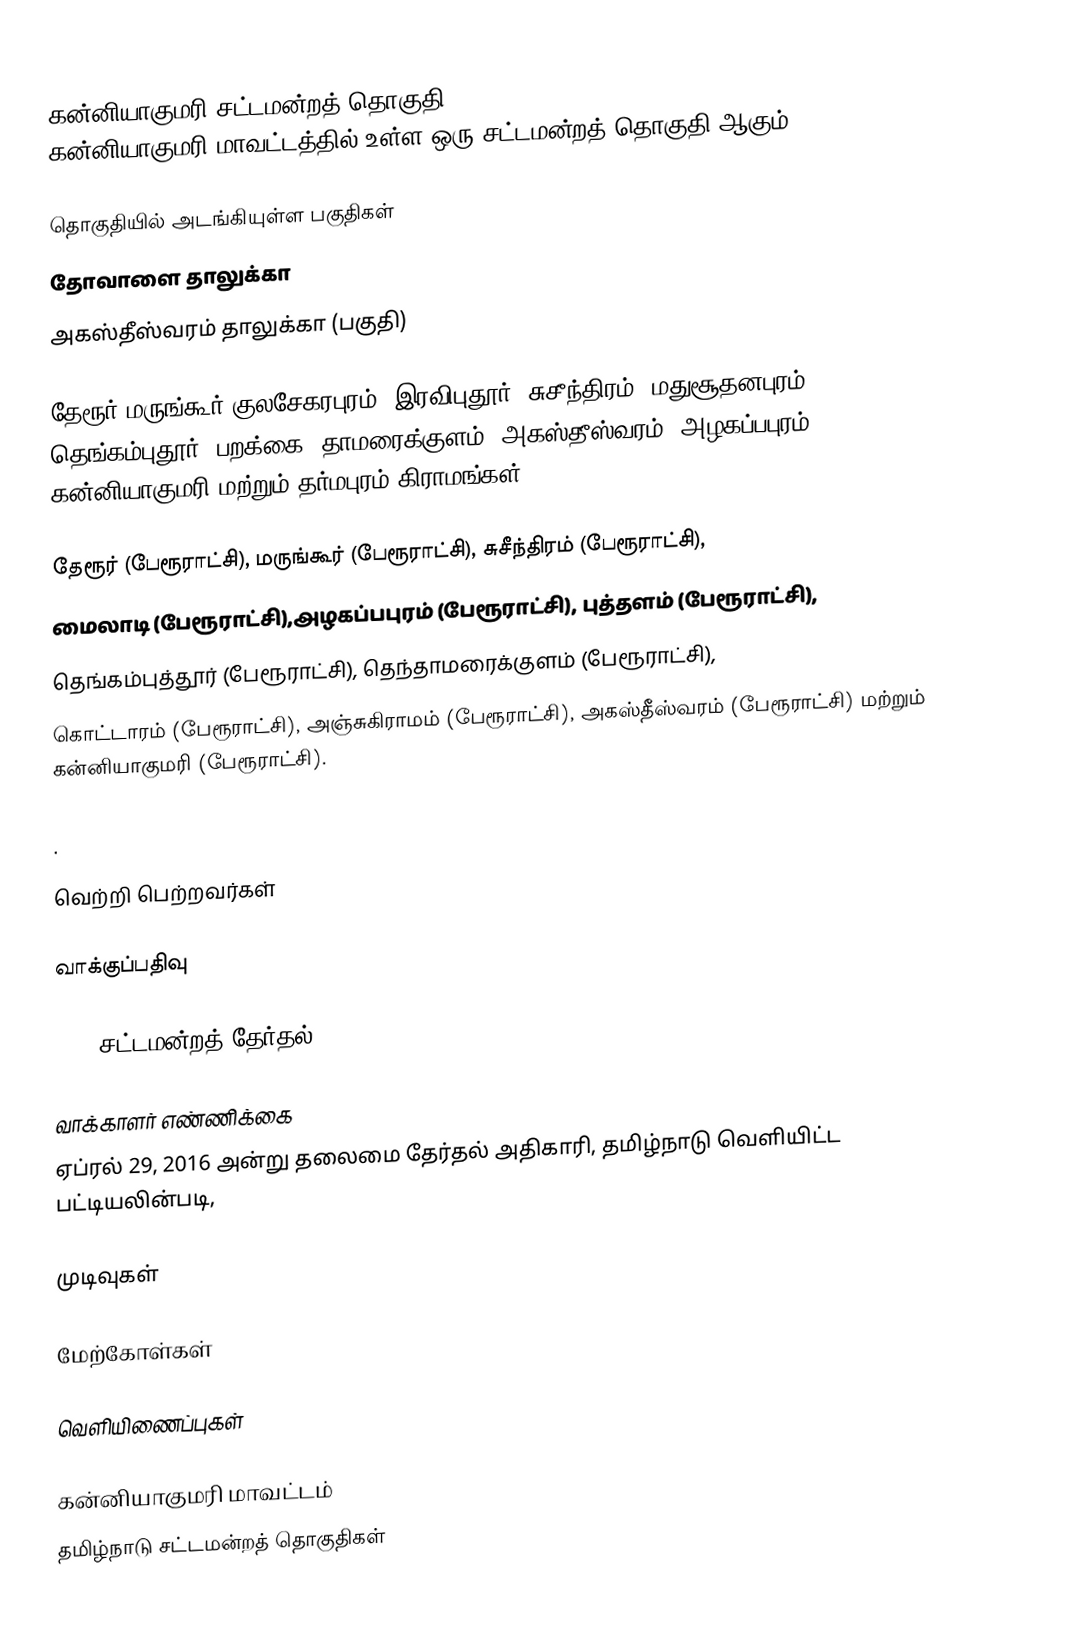
கன்னியாகுமரி சட்டமன்றத் தொகுதி (Kanniyakumari Assembly constituency), கன்னியாகுமரி மாவட்டத்தில் உள்ள ஒரு சட்டமன்றத் தொகுதி ஆகும்.

தொகுதியில் அடங்கியுள்ள பகுதிகள்
 தோவாளை தாலுக்கா
அகஸ்தீஸ்வரம் தாலுக்கா (பகுதி)

தேரூர்,மருங்கூர்,குலசேகரபுரம், இரவிபுதூர், சுசீந்திரம், மதுசூதனபுரம், தெங்கம்புதூர், பறக்கை, தாமரைக்குளம், அகஸ்தீஸ்வரம், அழகப்பபுரம், கன்னியாகுமரி மற்றும் தர்மபுரம் கிராமங்கள்.

தேரூர் (பேரூராட்சி), மருங்கூர் (பேரூராட்சி), சுசீந்திரம் (பேரூராட்சி),
மைலாடி (பேரூராட்சி),அழகப்பபுரம் (பேரூராட்சி), புத்தளம் (பேரூராட்சி),
தெங்கம்புத்தூர் (பேரூராட்சி), தெந்தாமரைக்குளம் (பேரூராட்சி),
கொட்டாரம் (பேரூராட்சி), அஞ்சுகிராமம் (பேரூராட்சி), அகஸ்தீஸ்வரம் (பேரூராட்சி) மற்றும் கன்னியாகுமரி (பேரூராட்சி).

.

வெற்றி பெற்றவர்கள்

வாக்குப்பதிவு

2016 சட்டமன்றத் தேர்தல்

வாக்காளர் எண்ணிக்கை
ஏப்ரல் 29, 2016 அன்று தலைமை தேர்தல் அதிகாரி, தமிழ்நாடு வெளியிட்ட பட்டியலின்படி,

முடிவுகள்

மேற்கோள்கள்

வெளியிணைப்புகள்

கன்னியாகுமரி மாவட்டம்
தமிழ்நாடு சட்டமன்றத் தொகுதிகள்